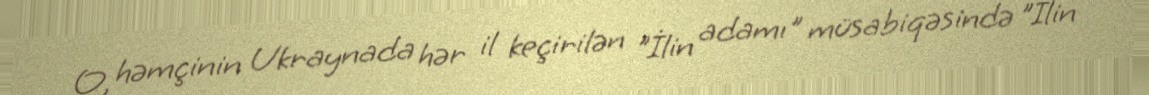
O, həmçinin Ukraynada hər il keçirilən "İlin adamı" müsabiqəsində "İlin